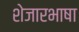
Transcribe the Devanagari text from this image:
शेजारभाषा